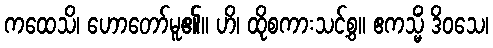
ကထေသိ၊ ဟောတော်မူ၏။ ဟိ၊ ထိုစကားသင့်စွ။ ဧကသ္မိံ ဒိဝသေ၊